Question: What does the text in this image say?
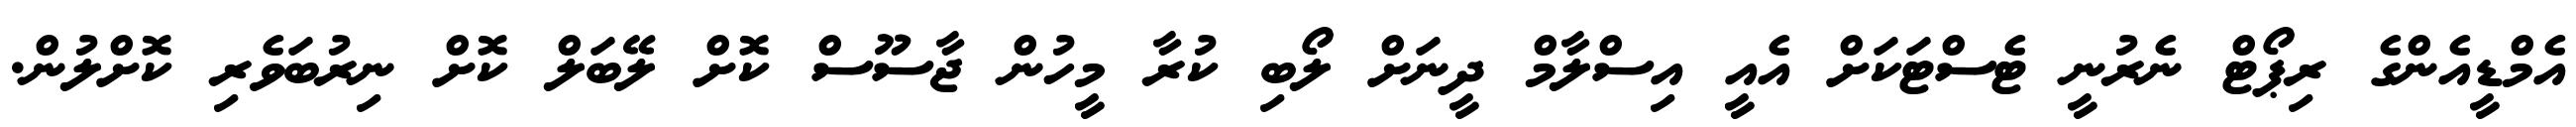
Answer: އެމްޑީއެންގެ ރިޕޯޓް ނެރުނީ ޓެސްޓަކަށް އެއީ އިސްލާމް ދީނަށް ލޯބި ކުރާ މީހުން ޖާސޫސް ކޮށް ލޭބަލް ކޮށް ނިރުބަވެރި ކޮށްލުން.